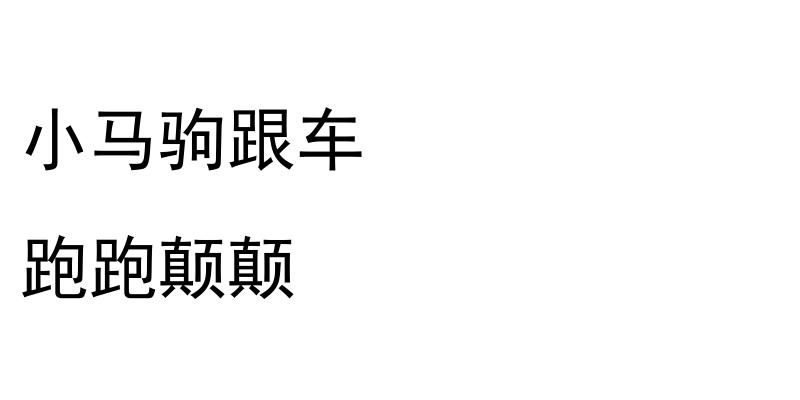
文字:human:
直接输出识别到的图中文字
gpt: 小马驹跟车 跑跑颠颠